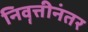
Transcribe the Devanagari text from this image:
निवॄत्तीनंतर